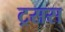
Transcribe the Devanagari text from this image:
ट्रसस